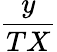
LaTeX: \frac{y}{TX}